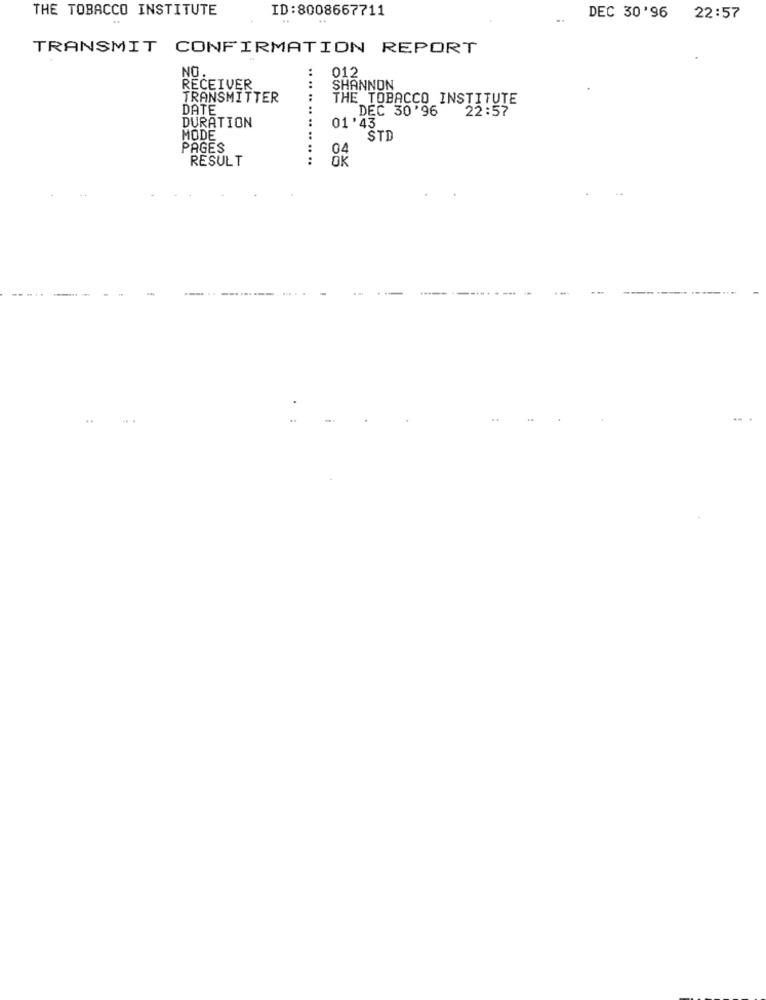
THE TOBACCO INSTITUTE
ID:8008667711
DEC 30'96 22:57
TRANSMIT CONFIRMATION REPORT
NO
012
RECEIVER
SHANNON
TRANSMITTER
.... ..
THE TOBACCO INSTITUTE
DATE
DEC 30'96
22:57
DURATION
01 ' 43
MODE
STD
PAGES
RESULT
.... .. .. ..